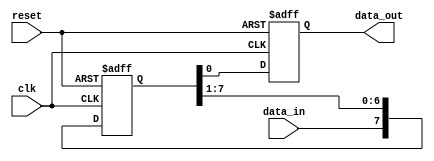
module siso_shift_register(
  input wire clk,      // Clock input
  input wire reset,    // Reset input
  input wire data_in,  // Input data
  output reg data_out  // Output data
);

  reg [7:0] shift_reg; // 8-bit shift register using flip-flops
  
  always @(posedge clk or posedge reset) begin
    if (reset) begin
      shift_reg <= 8'b0; // Reset shift register to 0
      data_out <= 1'b0;  // Output data set to 0
    end else begin
      // Shift in data on each clock cycle
      shift_reg <= {data_in, shift_reg[7:1]};
      
      // Output data after 8 clock cycles
      data_out <= shift_reg[0];
    end
  end
  
endmodule